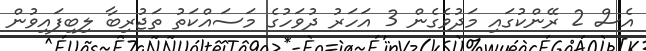
އެސް 2 ރޭންކުގައި މަދުވެގެން 3 އަހަރު ދުވަހުގެ މަސައްކަތު ތަޖުރިބާ ލިބިފައިވުން